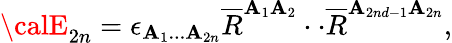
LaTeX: {\calE}_{2n}=\epsilon_{\mathbf{A}_{1}...\mathbf{A}_{2n}}\overline{{{{R}}}}^{\mathbf{A}_{1}\mathbf{A}_{2}}\cdot\cdot\overline{{{{R}}}}^{\mathbf{A}_{2nd-1}\mathbf{A}_{2n}},